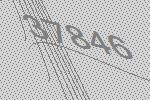
37846